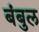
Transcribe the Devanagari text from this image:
बंबुल